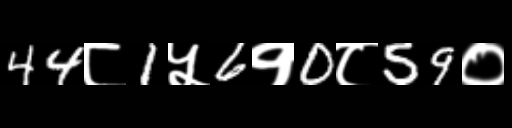
Text: 44८1५6१0८59०